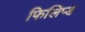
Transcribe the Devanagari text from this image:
फिलिप्ड